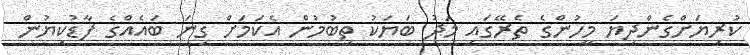
ކުރިޔަށްގެންދިޔަ މީހުންގެ ތެރޭގައި މަދު ބަޔަކު ތިބުމުން އެކަމަށް ގިނަ ބައެއްގެ ފާޑުކިޔުން